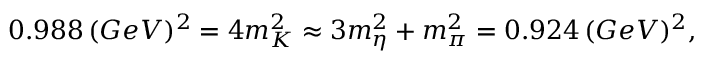
0 . 9 8 8 \, ( G e V ) ^ { 2 } = 4 m _ { K } ^ { 2 } \approx 3 m _ { \eta } ^ { 2 } + m _ { \pi } ^ { 2 } = 0 . 9 2 4 \, ( G e V ) ^ { 2 } ,